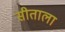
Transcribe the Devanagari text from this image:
सीताला